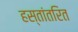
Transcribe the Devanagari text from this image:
हस्तांतरित